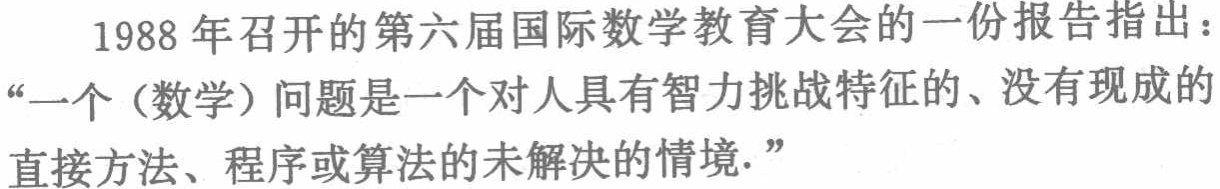
1988 年召开的第六届国际数学教育大会的一份报告指出：“一个（数学）问题是一个对人具有智力挑战特征的、没有现成的直接方法、程序或算法的未解决的情境.”